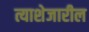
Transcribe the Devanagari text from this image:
त्याशेजारील